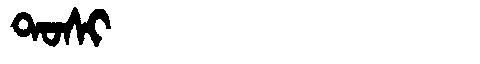
Manchu: ᡨᠣᠰᡳ
Romanization: TOSI